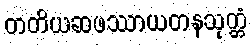
တတိယဆဖဿာယတနသုတ္တံ